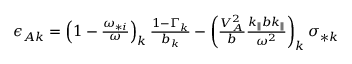
\begin{array} { r } { \epsilon _ { A k } = \left( 1 - \frac { \omega _ { * i } } { \omega } \right) _ { k } \frac { 1 - \Gamma _ { k } } { b _ { k } } - \left( \frac { V _ { A } ^ { 2 } } { b } \frac { k _ { \parallel } b k _ { \parallel } } { \omega ^ { 2 } } \right) _ { k } \sigma _ { * k } } \end{array}